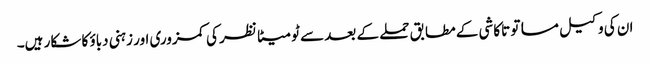
ان کی وکیل مساتو تاکاشی کے مطابق حملے کے بعد سے ٹومیٹا نظر کی کمزوری اور زہنی دباؤ کا شکار ہیں۔